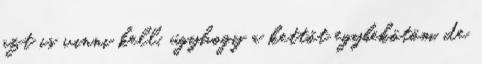
azt is vinni kell, úgyhogy a kettőt egybekötöm, de